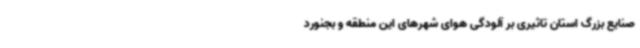
صنایع بزرگ استان تاثیری بر آلودگی هوای شهرهای این منطقه و بجنورد